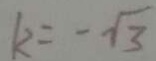
k = - \sqrt { 3 }